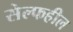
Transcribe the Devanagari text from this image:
सेल्फहील